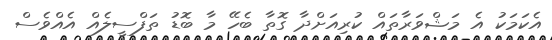
އެކަމަކު އެ މަޝްވަރާތައް ކުރިއަށްދާ ގޮތާ ބެހޭ މާ ބޮޑު ތަފްސީލެއް އެއްވެސް